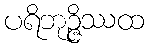
ပရိဘုဉ္ဇိဿထ